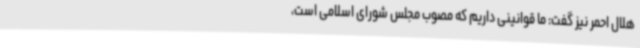
هلال احمر نیز گفت: ما قوانینی داریم که مصوب مجلس شورای اسلامی است،